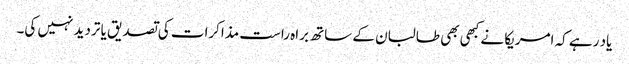
یاد رہے کہ امریکا نے کبھی بھی طالبان کے ساتھ براہ راست مذاکرات کی تصدیق یا تردید نہیں کی۔